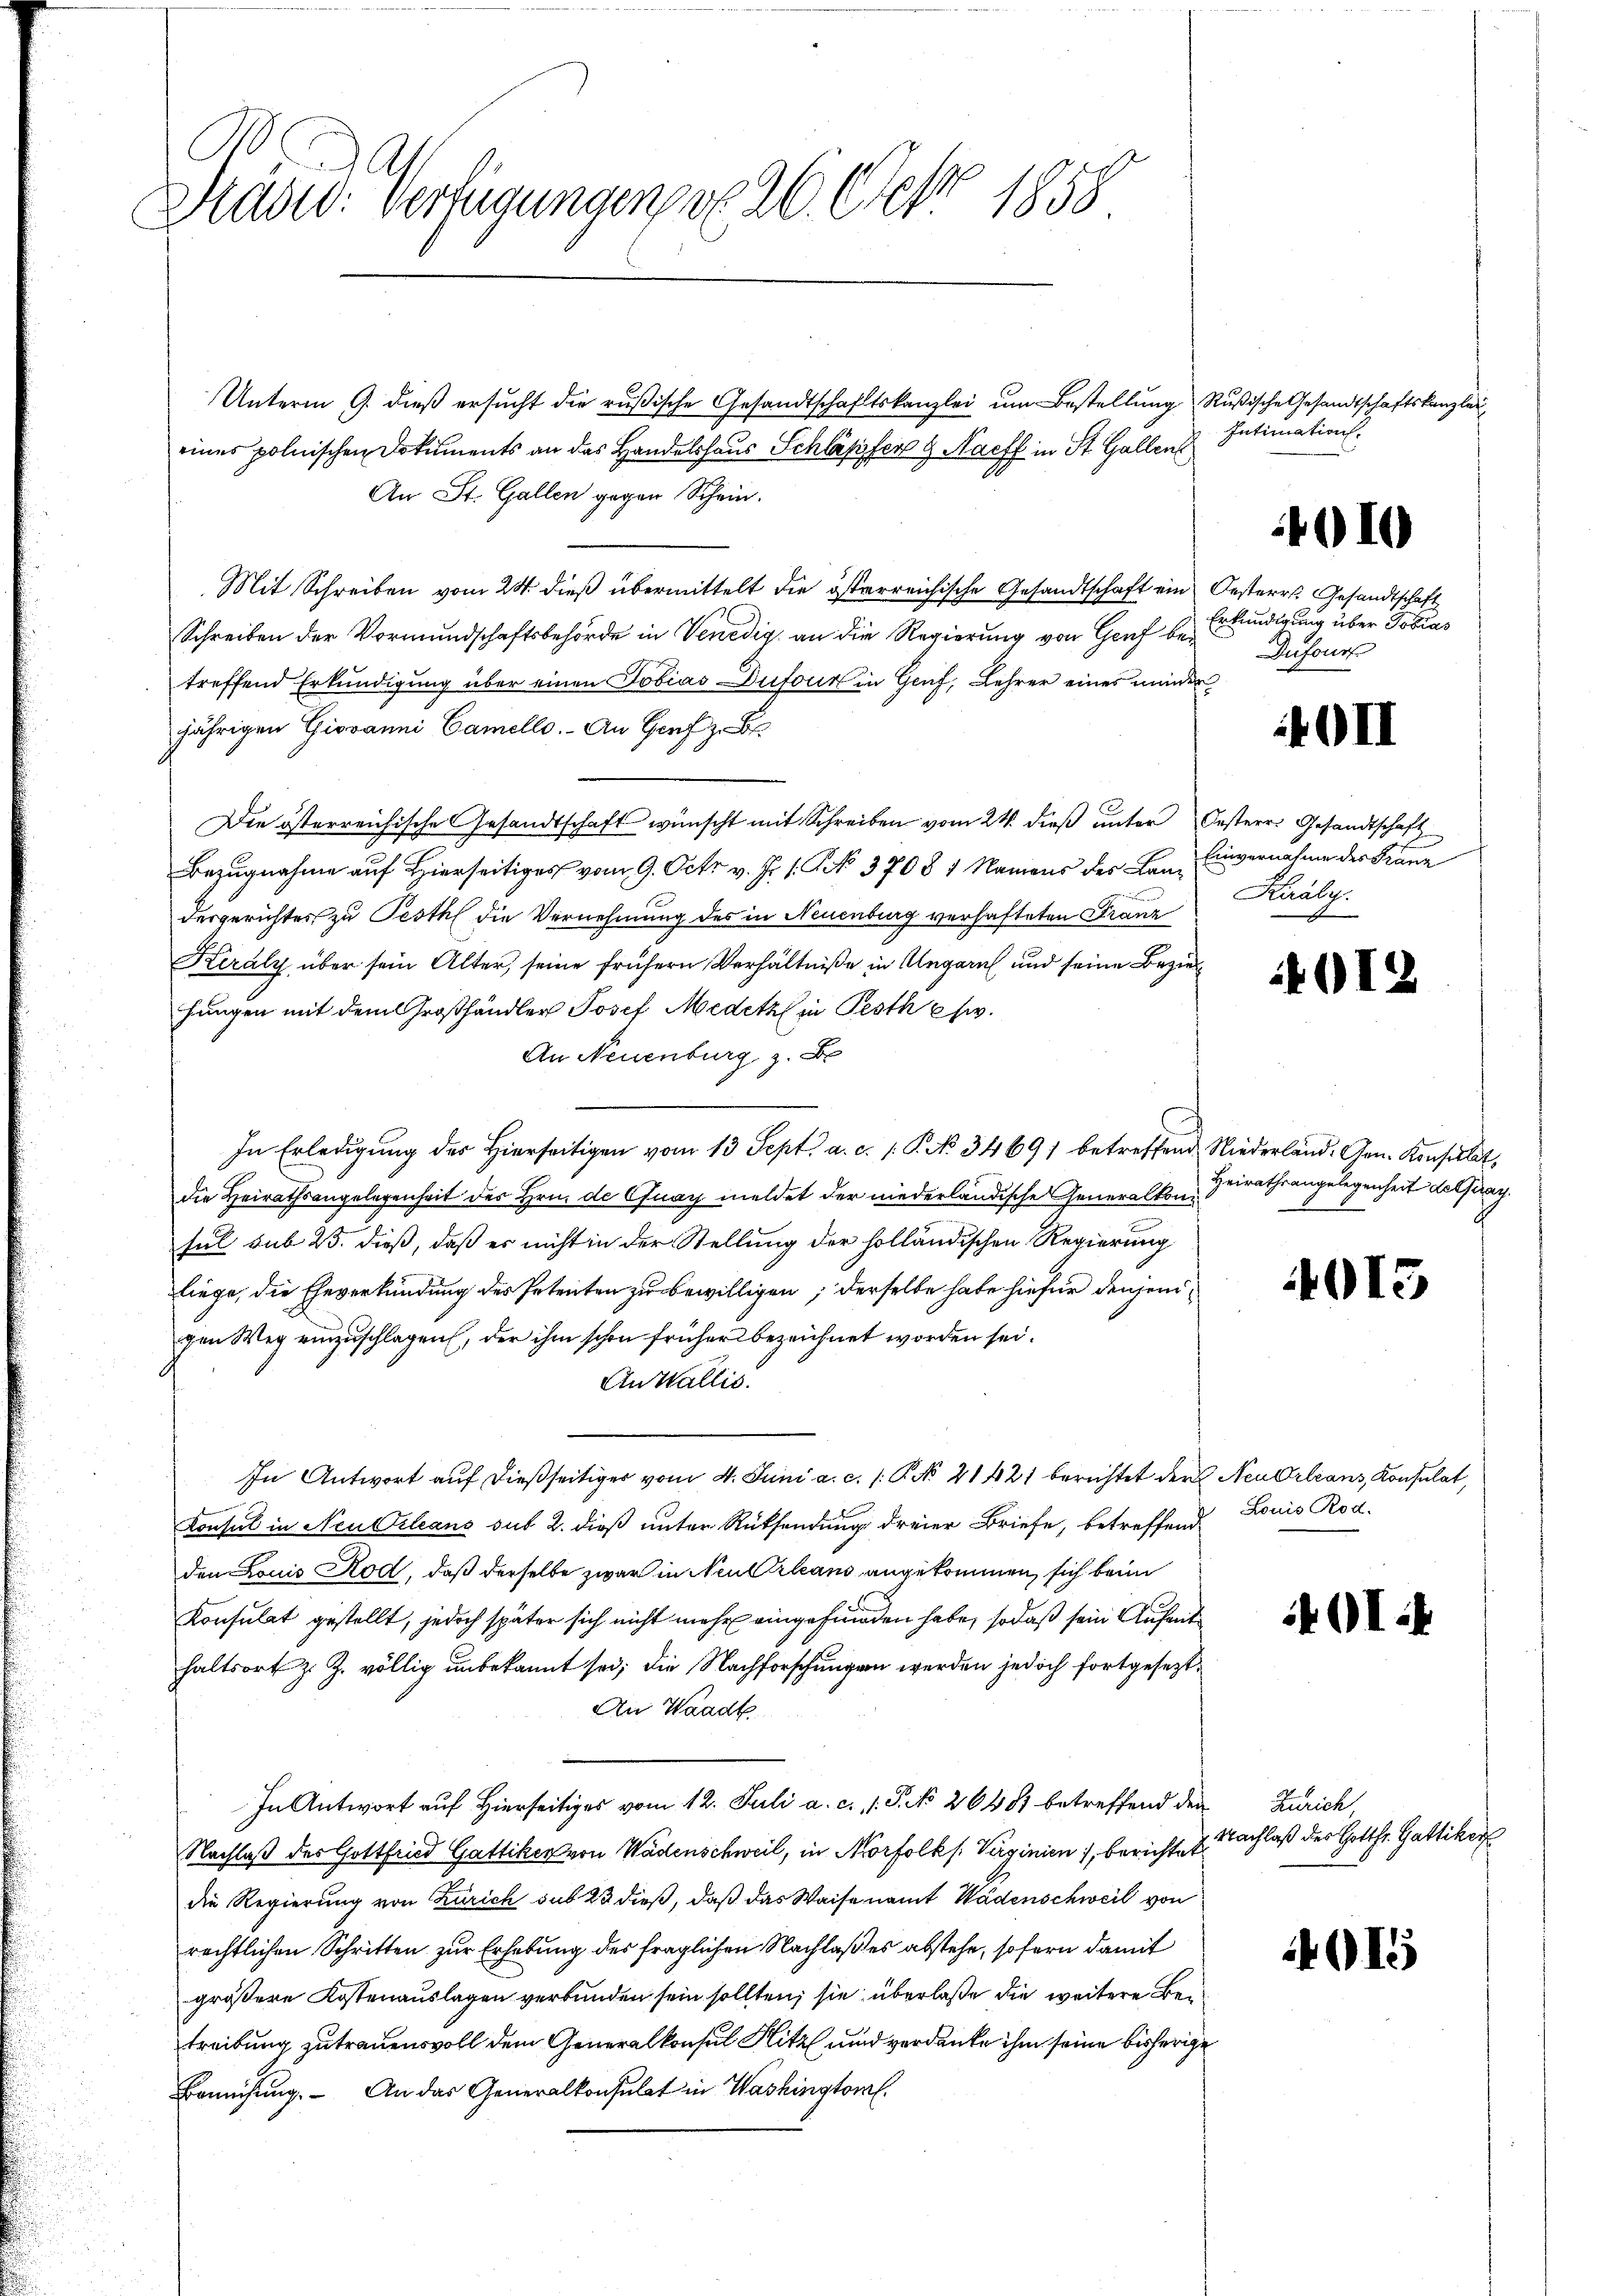
1
Säded: Verfügungen, v. 26. Cette 1858

eines polnischen Dokuments an das Handelshaus Schläpfer & Nach in St. Gallen
An St. Gallen gegen Schein.
Mit Schreiben vom 24. dieß übermittelt die österreichische Gesandtschaft ein Oesterr. Gesandtschaft
Schreiben der Vormundschaftsbehörde in Venedig, an die Regierung von Genf betreffend Erkundigung über einen Tobias Dufour in Genf, Lehrer eines minder
jährigen Giovanni Camello. An Genf z. B.
Die österreichische Gesandtschaft wünscht mit Schreiben vom 24. dieβ ŭnter Oesterr. Gesandtschaft
Bezugnahme auf Hierseitiges vom 9. Octr. v. J. 1. N. 370 § 1 Namens der Lan- Einvernahme der Fraue
dergerichtes zu Pesth die Vernehmung des in Neuenburg verhafteten Franz
Kiraly über sein Alter, seine frühern Verhältniße in Angarn und seine Beziehungen mit dem Großhändler Josef Medital in Pesth Ew.
An Neuenburg z. B
In Erledigung des Hierseitigen vom 13. Sept. a. c. 1. P. No 3469) betreffend Niederland, Arn. Konsulat,
die Heirathsangelegenheit des Hrn. de Cfnay meldet der niederländische Generalkonful sub 25. dieß, daß es nicht in der Stellung der holländischen Regierung
liege, die Eheverkündung des Petenten zu bewilligen; derselbe habe hiefür denjenigen Weg einzuschlagen, der ihm schon früher bezeichnet worden sei.
An Wallis.
In Antwort auf dießseitiger vom 4. Juni a. c. /: P. No 21421 berichtet der Neu Orleans, Konsulat,
Konsul in Neu Orleans sub 2. dieß unter Rücksendung dreier Briefe, betreffend
den Louis Rod, daß derselbe zwar in Neukrleans angekommen, sich beim
Konsulat gestellt, jedoch später sich nicht mehr eingefunden habe, so daß sein Aufenthaltsort z. Z. völlig unbekannt sei; die Nachforschungen werden jedoch fortgesezt
An Waadt
In Antwort auf Hierseitiges vom 12. Juli a. c. 1. P. No 26487 betreffend den
Nachlaß des Gottfried Gattiken von Wädenschweil, in Morfolk s. Verginien), berichtet
die Regierung von Zürich sub 23 dieß, daß das Waisenamt Wädenschweil von
rechtlichen Schritten zur Erhebung des fraglichen Nachlaß es abstehe, sofern damit
größere Kostenauslagen verbunden sein sollten; sie überlaße die weitere Betreibung zutrauensvoll dem Generalkonsul Hitz und verdanke ihm seine bisherige
Bemühung. An das Generalkonsulat in Washingtoral.

Unterm 9. dieβ ersŭcht die rŭβische Gesandtschaftskanzlei ŭm Bestellŭng Rußische Gesandtschaftskanzlei

Intimation.

Erkundigung über Tobias
Dufour

OII

OI.

4010

Király.

OI.

Heirathsangelegenheit desstrag.

Louis Rod.

OI.

Zürich
1 Nachlaß des Gottfr. Gattiker

4015